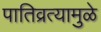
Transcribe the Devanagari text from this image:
पातिव्रत्यामुळे